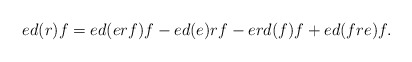
\begin{align*} ed(r)f=ed(erf)f-ed(e)rf-erd(f)f+ed(fre)f. \end{align*}